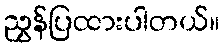
ညွှန်ပြထားပါတယ်။